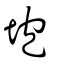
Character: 垉